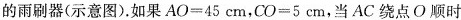
的雨刷器(示意图)。如果$$A O = 4 5 c m$$，$$C O = 5 c m$$，当AC绕点O顺时